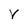
Character: V